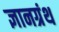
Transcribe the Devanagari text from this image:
ज्ञानग्रंथ